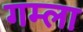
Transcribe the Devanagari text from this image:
गम्ला